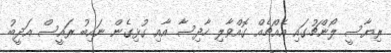
ރިޔާސީ ލޯންޗުގައި އެއްޗެއް ގޮއްވާލި ހާދިސާ އާއި ގުޅިގެން ނައިބު ރައީސް އަދީބު